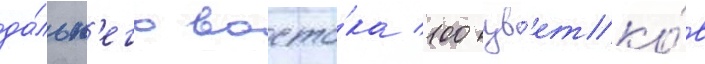
да́льн'его восто́ка 100 цв'етко́в